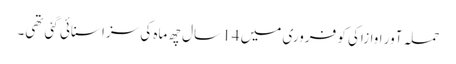
حملہ آور اوازاکی کو فروری میں 14 سال چھ ماہ کی سزا سنائی گئی تھی۔